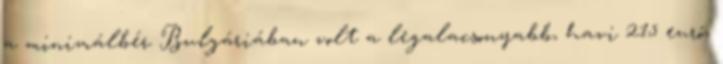
a minimálbér Bulgáriában volt a legalacsonyabb, havi 215 euró,